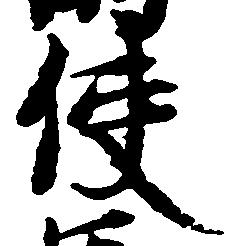
使